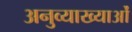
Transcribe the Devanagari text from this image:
अनुव्याख्याओं